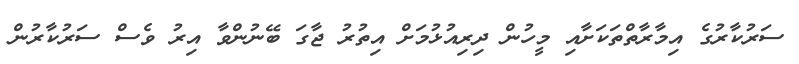
ސަރުކާރުގެ އިމާރާތްތަކަށާއި މީހުން ދިރިއުޅުމަށް އިތުރު ޖާގަ ބޭނުންވާ އިރު ވެސް ސަރުކާރުން